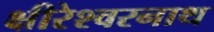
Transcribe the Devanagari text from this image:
क्षीरेश्वरनाथ